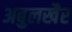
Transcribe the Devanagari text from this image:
अबुलखैर